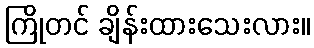
ကြိုတင် ချိန်းထားသေးလား။